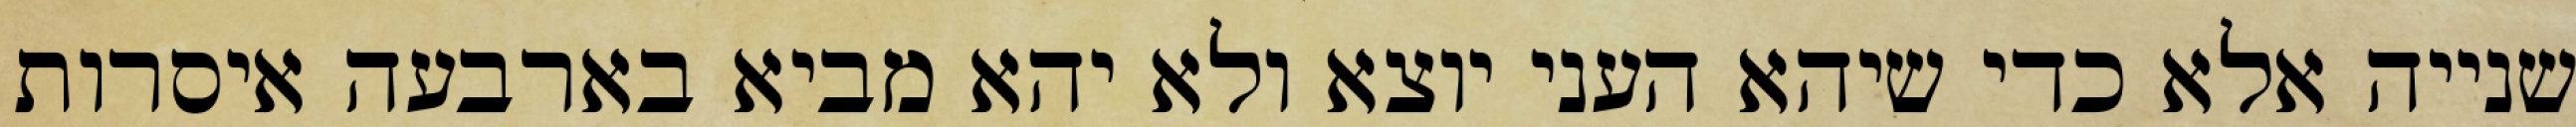
שנייה אלא כדי שיהא העני יוצא ולא יהא מביא בארבעה איסרות